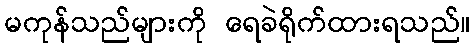
မကုန်သည်များကို ရေခဲရိုက်ထားရသည်။